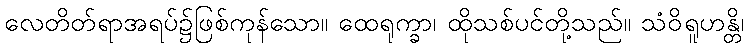
လေတိတ်ရာအရပ်၌ဖြစ်ကုန်သော။ ထေရုက္ခာ၊ ထိုသစ်ပင်တို့သည်။ သံဝိရူဟန္တိ၊